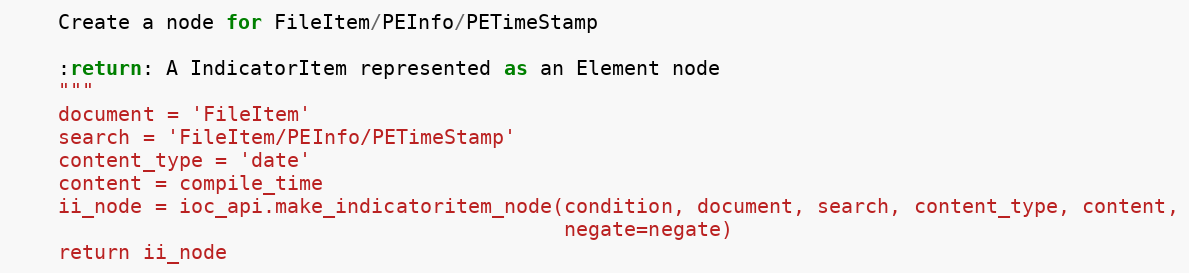
Language: Python
    Create a node for FileItem/PEInfo/PETimeStamp

    :return: A IndicatorItem represented as an Element node
    """
    document = 'FileItem'
    search = 'FileItem/PEInfo/PETimeStamp'
    content_type = 'date'
    content = compile_time
    ii_node = ioc_api.make_indicatoritem_node(condition, document, search, content_type, content,
                                              negate=negate)
    return ii_node